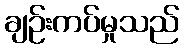
ချဉ်းကပ်မှုသည်